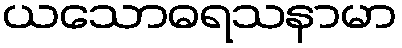
ယသောဓရသနာမာ